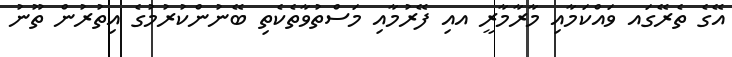
އޭގެ ތެރޭގައ ވައްކަމާއި މާރާމާރީ އއި ފޭރުމާއި މަސްތުވާތެކެތި ބޭނުންކުރުމުގެ އިތުރުން ތޫނު